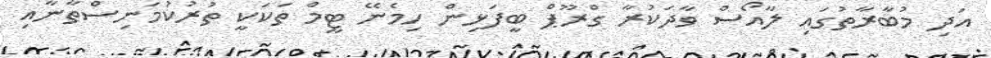
އަދި މުބާރާތުގައި ލާއޯސް ވާދަކުރާ ގްރޫޕް ބީފަޅިން ހިމެނޭ ޓީމް ތަކަކީ ތުރުކުމަނިސްތާނާއި